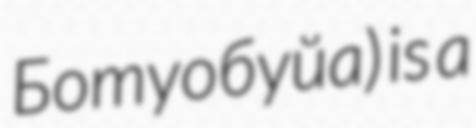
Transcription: Ботуобуйа) is a